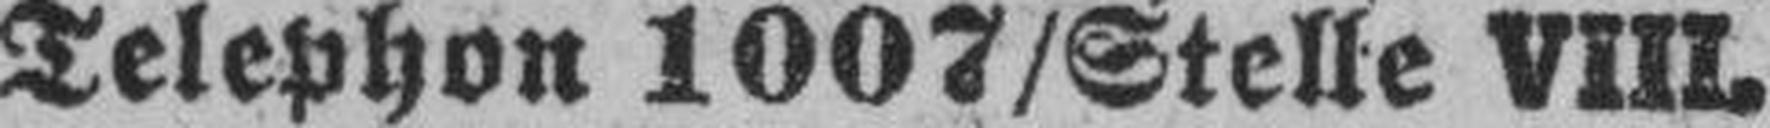
Telephon 1007/Stelle VIII.